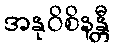
အနုဝိစိနန္တီ